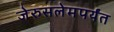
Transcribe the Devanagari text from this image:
जेरुसलेमपर्यंत